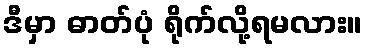
ဒီမှာ ဓာတ်ပုံ ရိုက်လို့ရမလား။